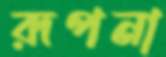
রূপনা